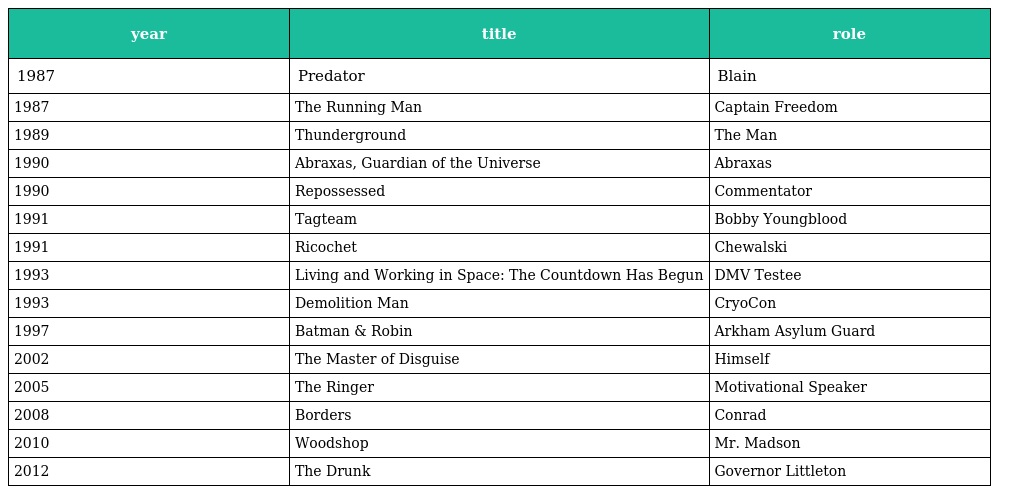
| year | title | role |
 | --- | --- | --- |
 | 1987 | Predator | Blain |
 | 1987 | The Running Man | Captain Freedom |
 | 1989 | Thunderground | The Man |
 | 1990 | Abraxas, Guardian of the Universe | Abraxas |
 | 1990 | Repossessed | Commentator |
 | 1991 | Tagteam | Bobby Youngblood |
 | 1991 | Ricochet | Chewalski |
 | 1993 | Living and Working in Space: The Countdown Has Begun | DMV Testee |
 | 1993 | Demolition Man | CryoCon |
 | 1997 | Batman & Robin | Arkham Asylum Guard |
 | 2002 | The Master of Disguise | Himself |
 | 2005 | The Ringer | Motivational Speaker |
 | 2008 | Borders | Conrad |
 | 2010 | Woodshop | Mr. Madson |
 | 2012 | The Drunk | Governor Littleton |